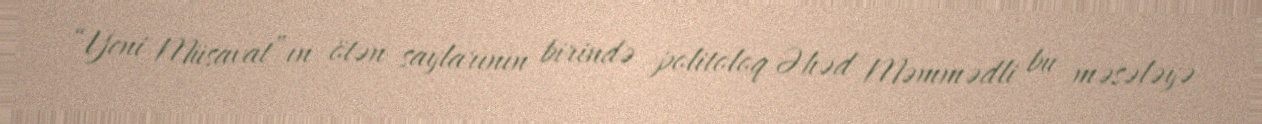
“Yeni Müsavat”ın ötən saylarının birində politoloq Əhəd Məmmədli bu məsələyə